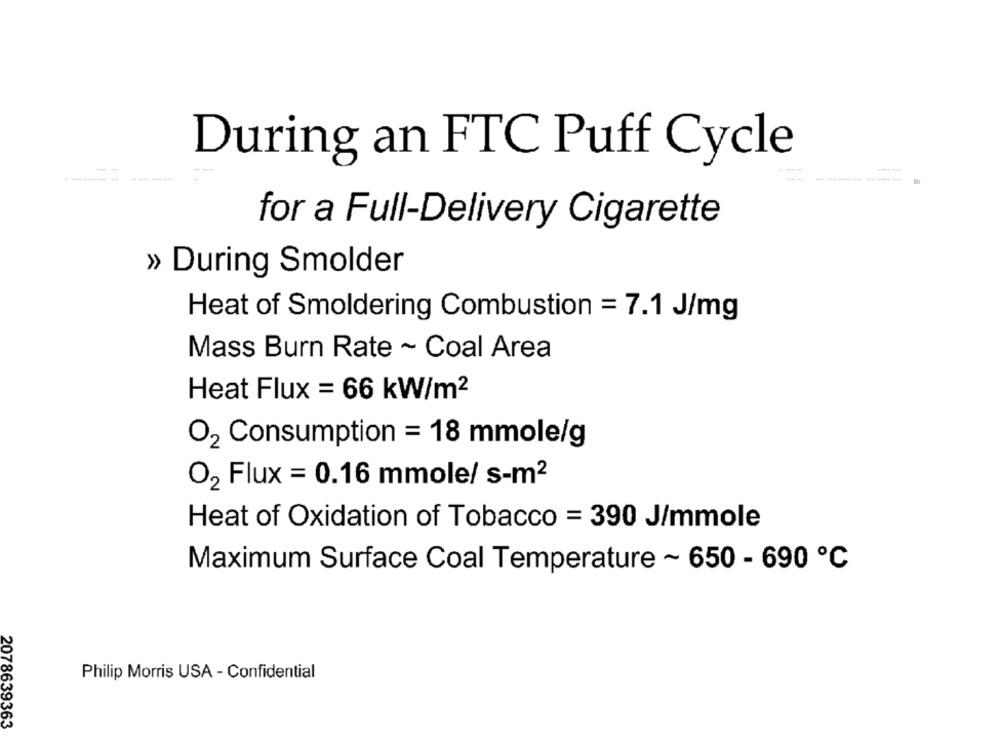
During an FTC Puff Cycle
for a Full-Delivery Cigarette
» During Smolder
Heat of Smoldering Combustion = 7.1 J/mg
Mass Burn Rate ~ Coal Area
Heat Flux = 66 kW/m2
O2 Consumption = 18 mmole/g
O2 Flux = 0.16 mmole/ s-m2
Heat of Oxidation of Tobacco = 390 J/mmole
Maximum Surface Coal Temperature ~ 650 - 690 ℃
Philip Morris USA - Confidential
2078639363